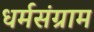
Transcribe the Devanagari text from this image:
धर्मसंग्राम